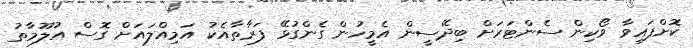
ކޮށްފައިވާ ވޯކިން ސެންޓަރަށް ބިދޭސީން އެމީހުން ގެންގުޅޭ ފަރާތާއެކު އަމިއްލައަށް ގޮސް އުލޫމާތު